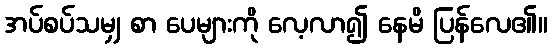
အပ်စပ်သမျှ စာ ပေများကို လေ့လာ၍ နေမိ ပြန်လေ၏။